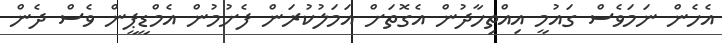
އެހެން ނަމަވެސް ގައުމީ އިއްތިހާދުން އެގޮތަށް އަމަލުކުރަން ފެށުމުން އެމްޑީޕީން ވެސް ދެން